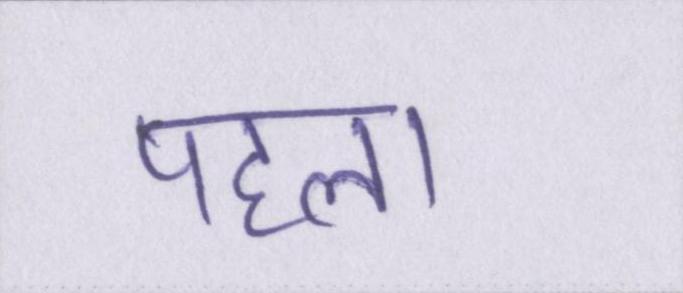
पहला